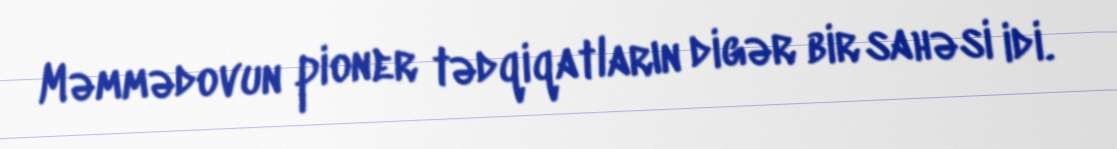
Məmmədovun pioner tədqiqatların digər bir sahəsi idi.